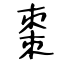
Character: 棗